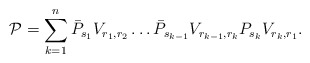
\begin{align*} \mathcal{P}=\sum_{k=1}^n\bar{P}_{s_1}V_{r_1,r_2}\dots \bar{P}_{s_{k-1}}V_{r_{k-1},r_k}P_{s_k}V_{r_k,r_1}.\\\end{align*}